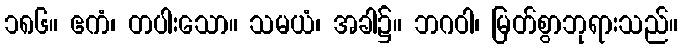
၁၈၆။ ဧကံ၊ တပါးသော။ သမယံ၊ အခါ၌။ ဘဂဝါ၊ မြတ်စွာဘုရားသည်။